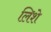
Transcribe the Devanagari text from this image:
लिशे